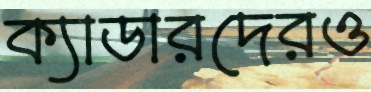
ক্যাডারদেরও